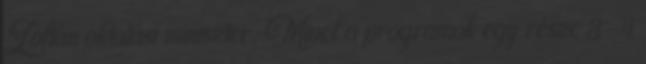
Zoltán oktatási miniszter. Mivel a programok egy része 3-4